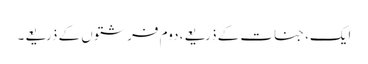
ایک، جنات کے ذریعے، دوم فرشتوں کے ذریعے۔